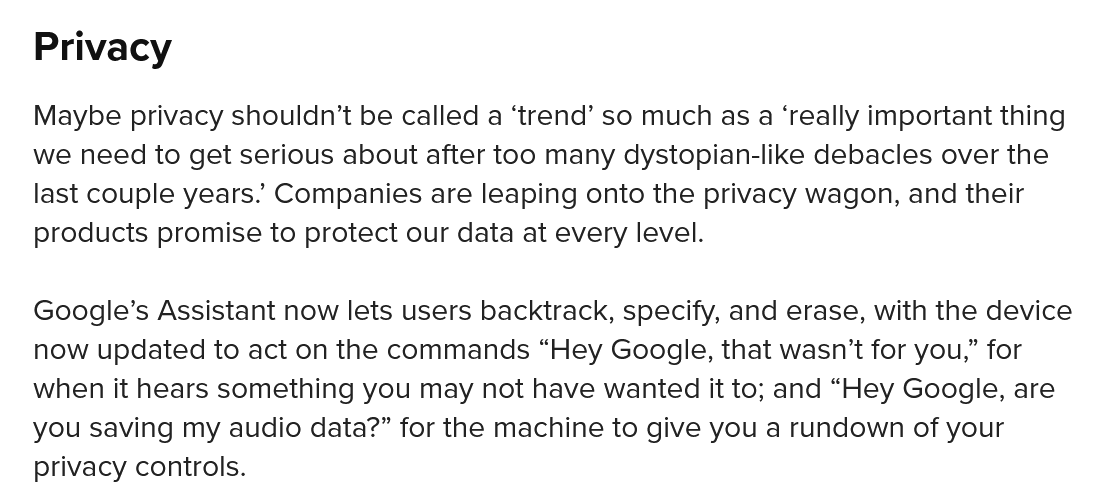
Google’s Assistant now lets users backtrack, specify, and erase, with the device
   now updated to act on the commands “Hey Google, that wasn’t for you,” for
   when it hears something you may not have wanted it to; and “Hey Google, are
   you saving my audio data?” for the machine to give you a rundown of your
   privacy controls.
   Maybe privacy shouldn’t be called a ‘trend’ so much as a ‘really important thing
   we need to get serious about after too many dystopian-like debacles over the
   last couple years.. Companies are leaping onto the privacy wagon, and their
   products promise to protect our data at every level.
   Privacy